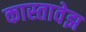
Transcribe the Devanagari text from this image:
कास्तावेझ